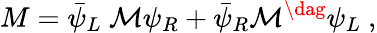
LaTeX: M=\bar{\psi}_{L}~{\cal M}\psi_{R}+\bar{\psi}_{R}{\cal M}^{\dag}\psi_{L}~,